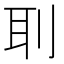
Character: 刵